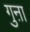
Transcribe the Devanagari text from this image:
गुऩा